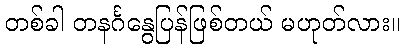
တစ်ခါ တနင်္ဂနွေပြန်ဖြစ်တယ် မဟုတ်လား။